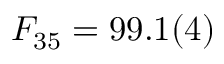
F _ { 3 5 } = 9 9 . 1 ( 4 ) \